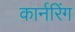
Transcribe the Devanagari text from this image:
कार्नरिंग